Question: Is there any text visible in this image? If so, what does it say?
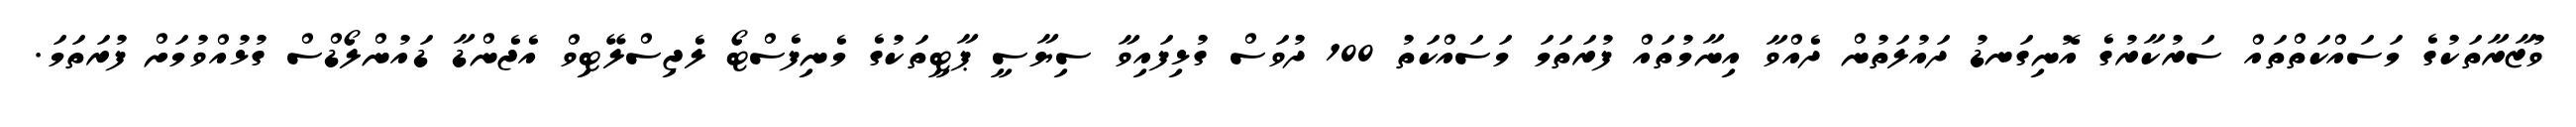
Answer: ވުޒާރާތަކުގެ މަސައްކަތްތައް ސަރުކާރުގެ އޮނިގަނޑު ދައުލަތުން ދެއްވާ އިނާމުތައް ފުރަތަމަ މަސައްކަތު 100 ދުވަސް ގުޅިފައިވާ ސިޔާސީ ޕާޓީތަކުގެ މެނިފެސްޓޯ ލެޖިސްލޭޓިވް އެޖެންޑާ ޑައުންލޯޑްސް ގުޅުއްވުމަށް ފުރަތަމަ.